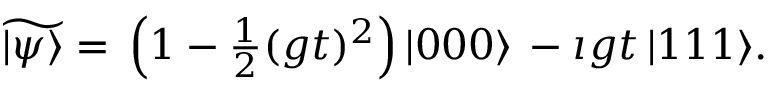
\begin{array} { r } { \widetilde { | \psi \rangle } = \, \left( 1 - \frac { 1 } { 2 } ( g t ) ^ { 2 } \right) | 0 0 0 \rangle \, - \imath g t \, | 1 1 1 \rangle . } \end{array}